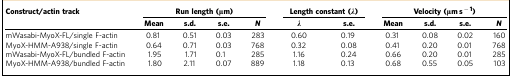
<table><thead><tr><td rowspan="2"><b>Construct/actin track</b></td><td colspan="4"><b>Run length (μm)</b></td><td colspan="2"><b>Length constant (<i>λ</i>)</b></td><td colspan="4"><b>Velocity (μm s<sup>−1</sup>)</b></td></tr><tr><td><b>Mean</b></td><td><b>s.d.</b></td><td><b>s.e.</b></td><td><b><i>N</i></b></td><td><b><i>λ</i></b></td><td><b>s.e.</b></td><td><b>Mean</b></td><td><b>s.d.</b></td><td><b>s.e.</b></td><td><b><i>N</i></b></td></tr></thead><tbody><tr><td>mWasabi-MyoX-FL/single F-actin</td><td>0.81</td><td>0.51</td><td>0.03</td><td>283</td><td>0.60</td><td>0.19</td><td>0.31</td><td>0.08</td><td>0.02</td><td>160</td></tr><tr><td>MyoX-HMM-A938/single F-actin</td><td>0.64</td><td>0.71</td><td>0.03</td><td>768</td><td>0.32</td><td>0.08</td><td>0.41</td><td>0.20</td><td>0.01</td><td>768</td></tr><tr><td>mWasabi-MyoX-FL/bundled F-actin</td><td>1.95</td><td>1.71</td><td>0.1</td><td>285</td><td>1.16</td><td>0.24</td><td>0.66</td><td>0.20</td><td>0.01</td><td>285</td></tr><tr><td>MyoX-HMM-A938/bundled F-actin</td><td>1.80</td><td>2.11</td><td>0.07</td><td>889</td><td>1.18</td><td>0.13</td><td>0.68</td><td>0.55</td><td>0.05</td><td>103</td></tr></tbody></table>